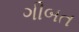
ગીબત